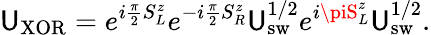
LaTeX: \mathsf{U}_{\mathrm{{{XOR}}}}=e^{i{\frac{{\pi}}{{2}}}S_{L}^{z}}e^{-i{\frac{{\pi}}{{2}}}S_{R}^{z}}\mathsf{U}_{\mathrm{{{sw}}}}^{1/2}e^{i\piS_{L}^{z}}\mathsf{U}_{\mathrm{{{sw}}}}^{1/2}.